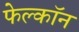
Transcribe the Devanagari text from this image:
फेल्काॅन